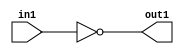
`timescale 1ps / 1ps
/*****************************************************************************
    Verilog RTL Description
    
    
    Created by: Stratus DpOpt 21.05.01 
*******************************************************************************/

module SobelFilter_Not_1U_1U_4_1 (
	in1,
	out1
	); /* architecture "behavioural" */ 
input  in1;
output  out1;
wire  asc001;

assign asc001 = 
	((~in1));

assign out1 = asc001;
endmodule

/* CADENCE  urXyTQk= : u9/ySxbfrwZIxEzHVQQV8Q== ** DO NOT EDIT THIS LINE ******/